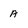
Character: A